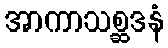
အာကာသစ္ဆဒနံ